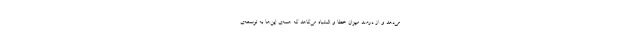
می‌دهد و از درصد میزان خطا و اشتباه می‌کاهد که همه‌ی این‌ها به توسعه‌ی